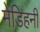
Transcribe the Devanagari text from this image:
मेडिहनी